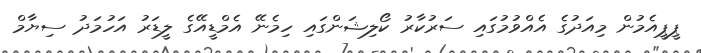
ޕީޕީއެމުން މިއަދުގެ އެއްވުމުގައި ސަރުކާރު ކޯލިޝަންގައި ހިމެނޭ އެމްޑީއޭގެ ލީޑަރު އަހުމަދު ސިޔާމް